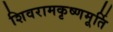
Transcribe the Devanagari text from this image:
शिवरामकृष्णमूर्ति